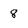
Character: 8